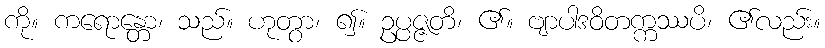
ကို။ ကရောန္တော၊ သည်။ ဟုတွာ၊ ၍။ ဥပ္ပဇ္ဇတိ၊ ၏။ ဗျာပါဒဝိတက္ကဿပိ၊ ၏လည်း။